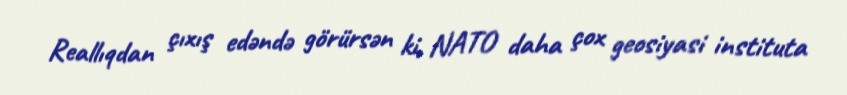
Reallıqdan çıxış edəndə görürsən ki, NATO daha çox geosiyasi instituta